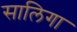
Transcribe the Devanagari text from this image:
सालिगा